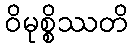
ဝိမုစ္စိဿတိ